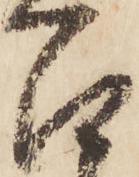
召